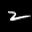
Label: 2